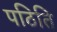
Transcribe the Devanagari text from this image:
पठिति